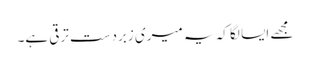
مجھے ایسا لگا کہ یہ میری زبردست ترقی ہے۔